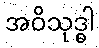
အဝိသုဒ္ဓါ